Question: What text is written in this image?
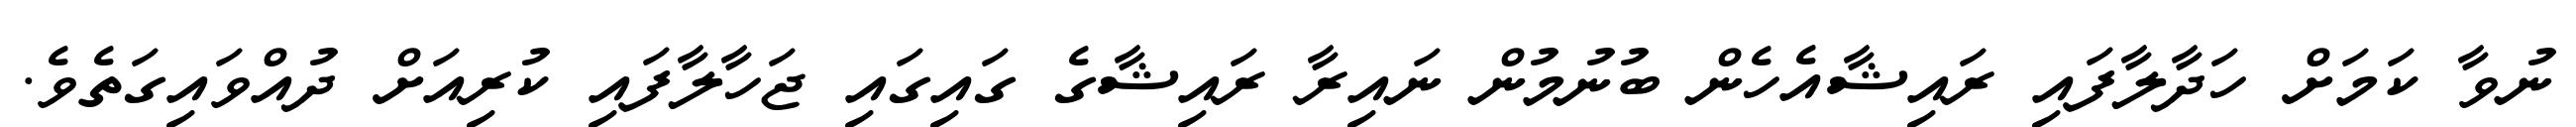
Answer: ނުވާ ކަމަށް ހަދާލާފައި ރައިޝާއެހެން ބުނުމުން ނައިރާ ރައިޝާގެ ގައިގައި ޖަހާލާފައި ކުރިއަށް ދުއްވައިގަތެވެ.